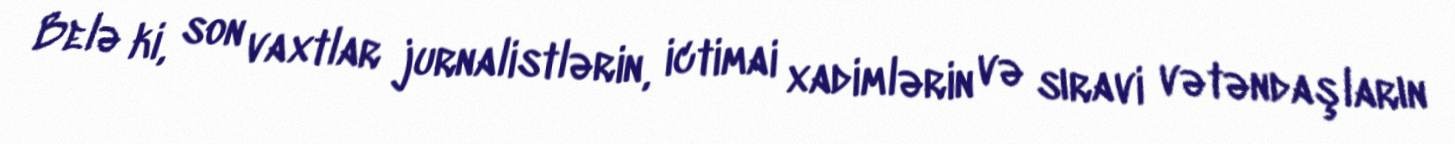
Belə ki, son vaxtlar jurnalistlərin, ictimai xadimlərin və sıravi vətəndaşların